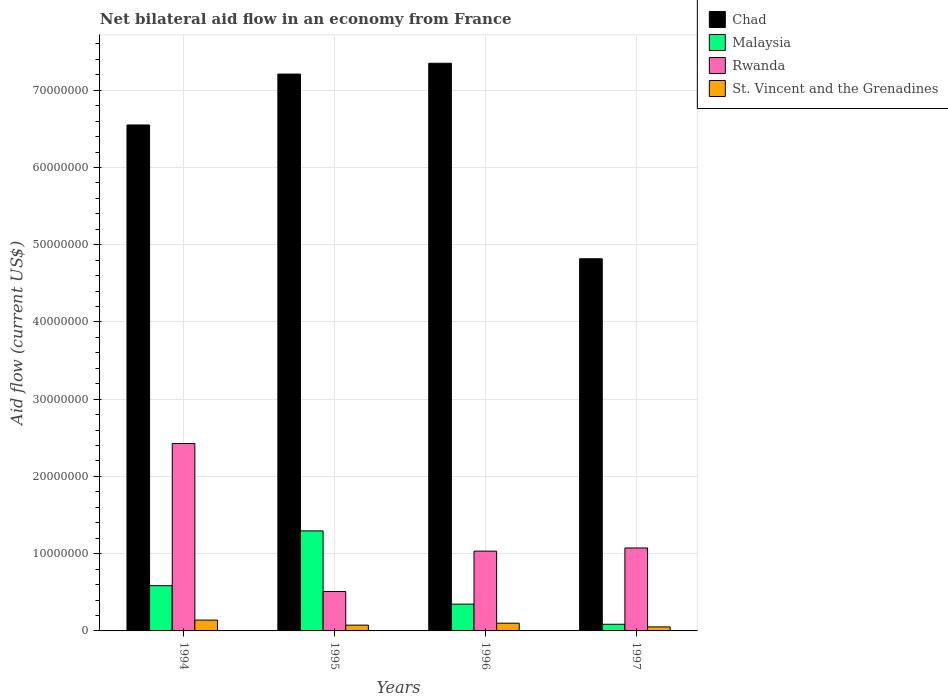
| Years | Chad | Malaysia | Rwanda | St. Vincent and the Grenadines |
 | --- | --- | --- | --- | --- |
 | 1994 | 6.55e+07 | 5.86e+06 | 2.43e+07 | 1.4e+06 |
 | 1995 | 7.21e+07 | 1.3e+07 | 5.1e+06 | 7.5e+05 |
 | 1996 | 7.35e+07 | 3.47e+06 | 1.03e+07 | 1e+06 |
 | 1997 | 4.82e+07 | 8.6e+05 | 1.07e+07 | 5.2e+05 |